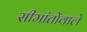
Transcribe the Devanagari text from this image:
सीमांतोंवाले